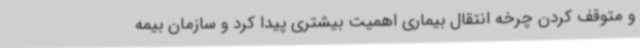
و متوقف کردن چرخه انتقال بیماری اهمیت بیشتری پیدا کرد و سازمان بیمه